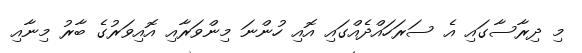
މި ދިރާސާގައި އެ ސަރަހައްދެއްގައި އޮއި ހުންނަ މިންވަރާއި އޮއިވަރުގެ ބާރު މިނާއި